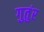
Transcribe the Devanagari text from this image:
गुतुंर